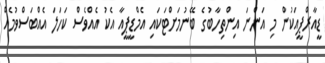
ޑީއާރްޕީއަކުން މި އަންނަ އިންތިހާބުގެ ބޭނުމަށްޓަކައި އެމްޑީޕީއާ އެކު އެއްވެސް ކަހަލަ އެއްބަސްވުމެއް